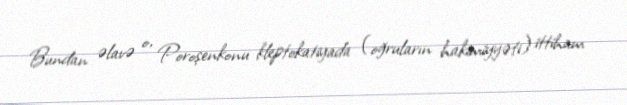
Bundan əlavə o, Poroşenkonu kleptokatiyada (oğruların hakimiyyəti) ittiham